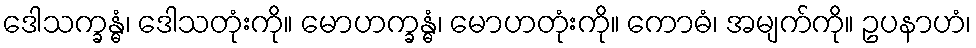
ဒေါသက္ခန္ဓံ၊ ဒေါသတုံးကို။ မောဟက္ခန္ဓံ၊ မောဟတုံးကို။ ကောဓံ၊ အမျက်ကို။ ဥပနာဟံ၊